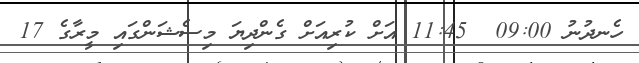
ހެނދުނު 09:00  11:45 އަށް ކުރިއަށް ގެންދިޔަ މިސެޝަންގައި މީރާގެ 17